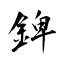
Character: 錍